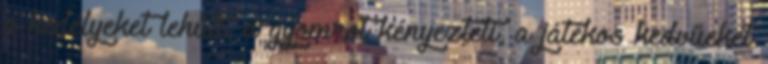
a kedélyeket lehűti, a gyomrot kényezteti, a játékos kedvűeket